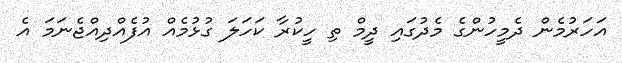
އަހަރުމެން ދެމީހުންގެ މެދުގައި ދީމް ތި ހީކުރާ ކަހަލަ ގުޅުމެއް އުފެއްދިއްޖެނަމަ އެ